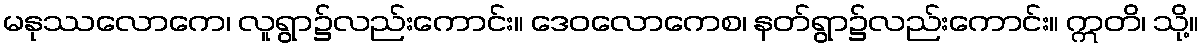
မနုဿလောကေ၊ လူရွာ၌လည်းကောင်း။ ဒေဝလောကေစ၊ နတ်ရွာ၌လည်းကောင်း။ ဣတိ၊ သို့။